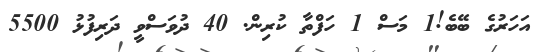
އަހަރުގެ ބޭބެ!1 މަސް 1 ހަފްތާ ކުރިން. 40 ދުވަސްވީ ދަރިފުޅު 5500